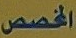
المخصص